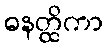
ဓနတ္ထိကာ